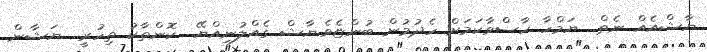
ޔާޝްއެއް ނެތް.. ޔަމްހާ ހާސްވާކަމަށް ހެދުމުން ބުންޏެވެ.ޔާޝް ގެއްލުނިއްޔޭ.. ކޮންތާކު ތިހުރީ.. ޔަޝާން